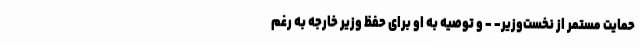
حمایت مستمر از نخست‌وزیر- - و توصیه به او برای حفظ وزیر خارجه به رغم